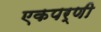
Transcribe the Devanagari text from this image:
एकपर्णी